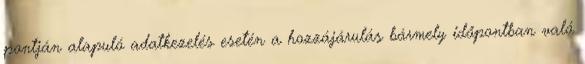
pontján alapuló adatkezelés esetén a hozzájárulás bármely időpontban való